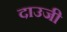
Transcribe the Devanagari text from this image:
दाउजी